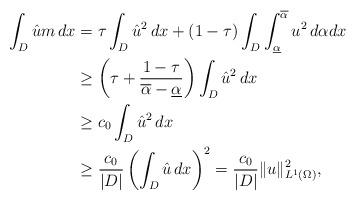
LaTeX: \begin{align*} \int_D \hat{u} m \,dx &= \tau \int_D \hat{u}^2\,dx + (1-\tau) \int_D \int_{\underline\alpha}^{\overline\alpha} u^2 \,d\alpha dx\\&\geq \left( \tau + \frac{1-\tau}{\overline\alpha - \underline\alpha} \right) \int_D \hat{u}^2\,dx\\&\geq c_0 \int_D \hat{u}^2\,dx \\&\geq \frac{ c_0}{|D|} \left(\int_D \hat{u}\,dx\right)^2 = \frac{ c_0}{|D|} \|u\|_{L^1({\Omega})}^2,\end{align*}